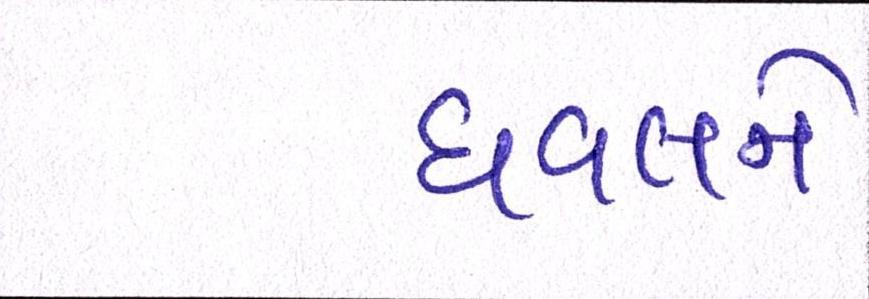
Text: ધવલને